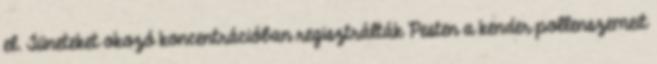
el. Tüneteket okozó koncentrációban regisztrálták Pesten a kender pollenszemeit